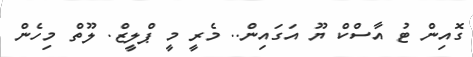
ގޮއިން ޓު އާސްކް ޔޫ އަގައިން.. މެރީ މީ ޕްލީޒް. ލޫތް މިހެން